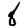
Digit: 8